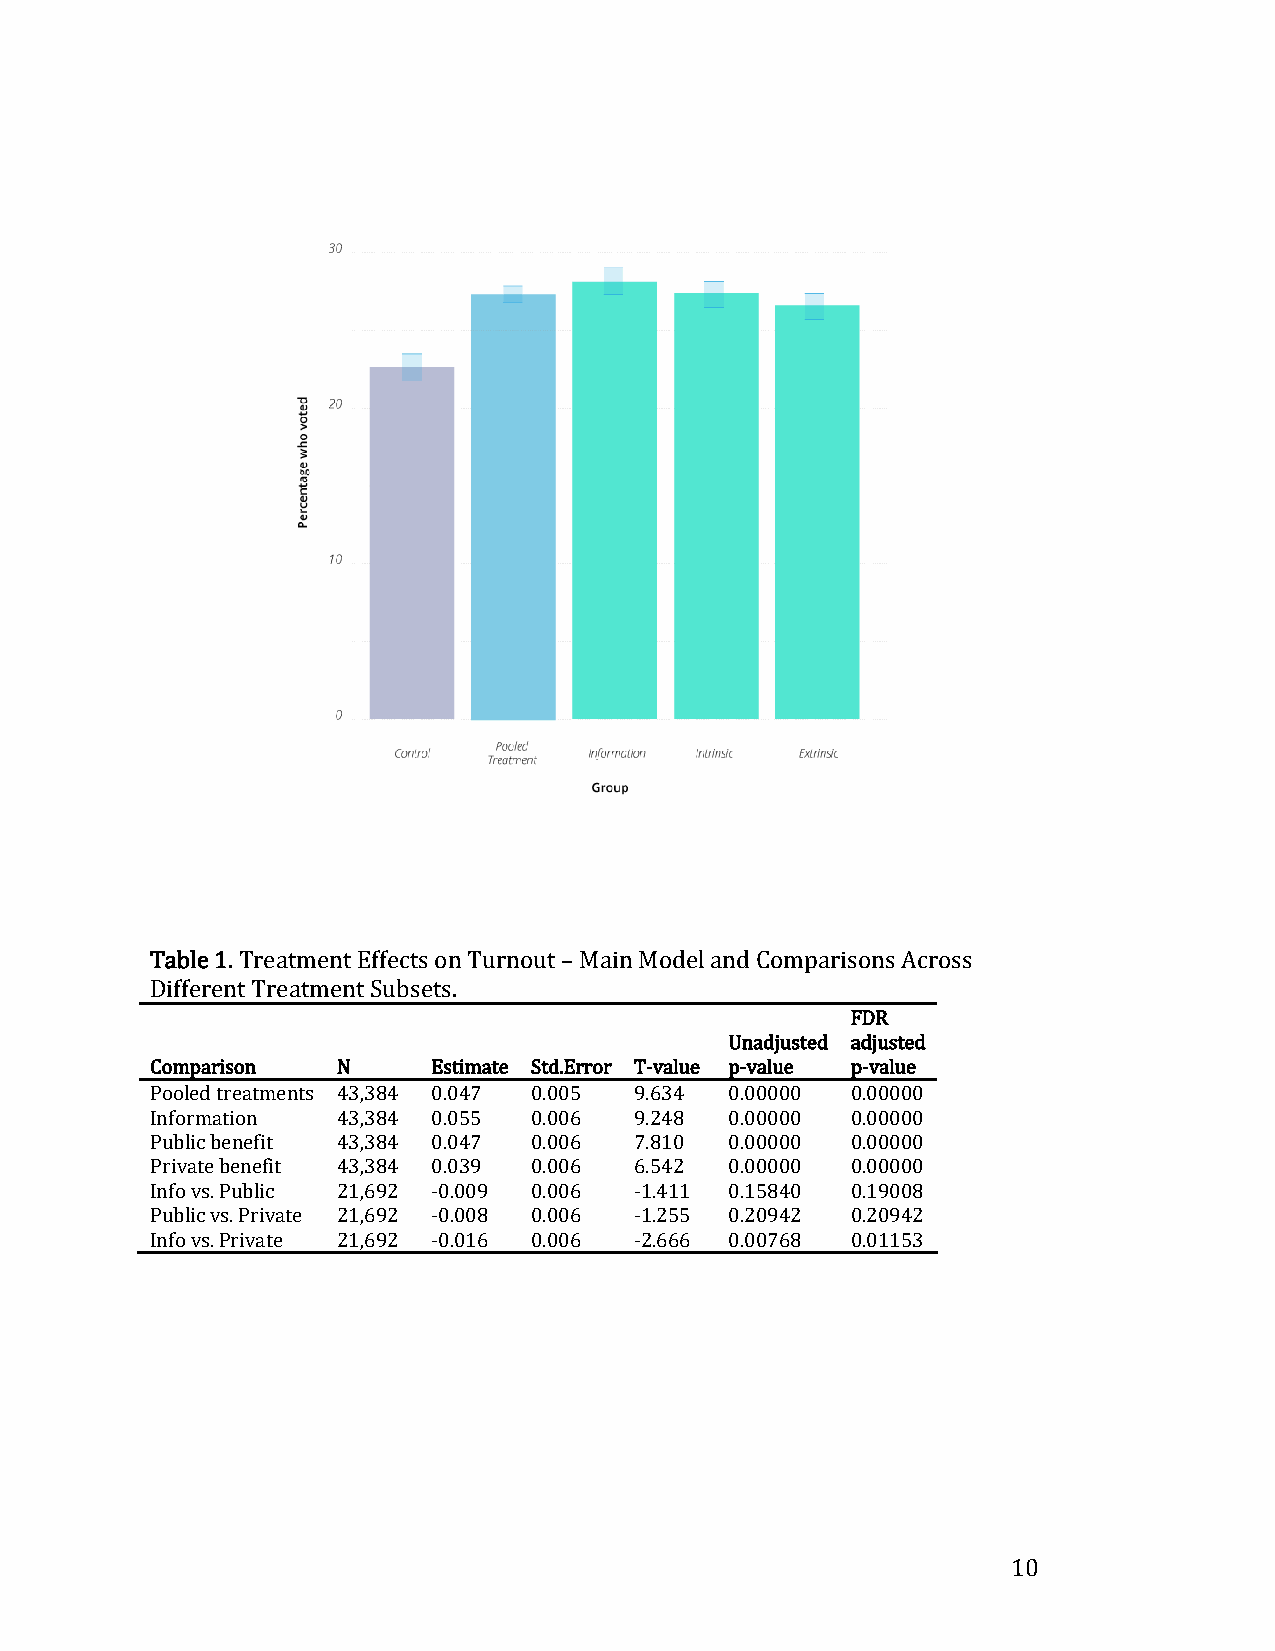
Table 1. Treatment Effects on Turnout – Main Model and Comparisons Across
 Different Treatment Subsets.
 FDR
 Unadjusted adjusted
 Comparison  N      Estimate Std.Error T-value p-value p-value
 Pooled treatments 43,384 0.047 0.005 9.634 0.00000 0.00000
 Information 43,384 0.055 0.006  9.248 0.00000 0.00000
 Public benefit 43,384 0.047 0.006 7.810 0.00000 0.00000
 Private benefit 43,384 0.039 0.006 6.542 0.00000 0.00000
 Info vs. Public 21,692 -0.009 0.006 -1.411 0.15840 0.19008
 Public vs. Private 21,692 -0.008 0.006 -1.255 0.20942 0.20942
 Info vs. Private 21,692 -0.016 0.006 -2.666 0.00768 0.01153
 10